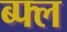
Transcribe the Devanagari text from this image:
ब्फ्ल